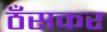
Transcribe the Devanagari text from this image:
ठँसकर